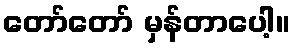
တော်တော် မှန်တာပေါ့။